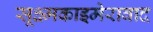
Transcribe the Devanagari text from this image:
सूक्ष्मकाइमेरावाद